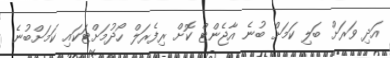
އަދި ވަރަށް ބަލި ކަމަށް ބުނެ އާޖެންޓް ކޮށް ރިފެރަލް ހޯދުމަށްޓަކައި ކަމަށްބުނެ